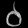
Digit: ၀